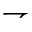
\rightharpoondown